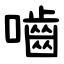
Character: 嚙